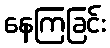
နေကြခြင်း